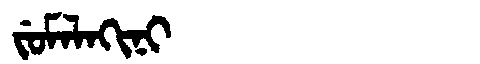
Manchu: ᠵᡠᠮᠠᠯᠠᡴᡳᠨᡳ
Romanization: JUMALAKINI